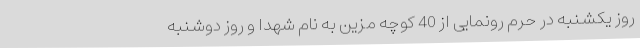
روز یکشنبه در حرم رونمایی از 40 کوچه مزین به نام شهدا و روز دوشنبه